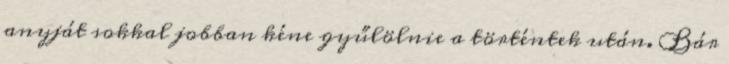
anyját sokkal jobban kéne gyűlölnie a történtek után. Bár